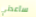
ساعدني